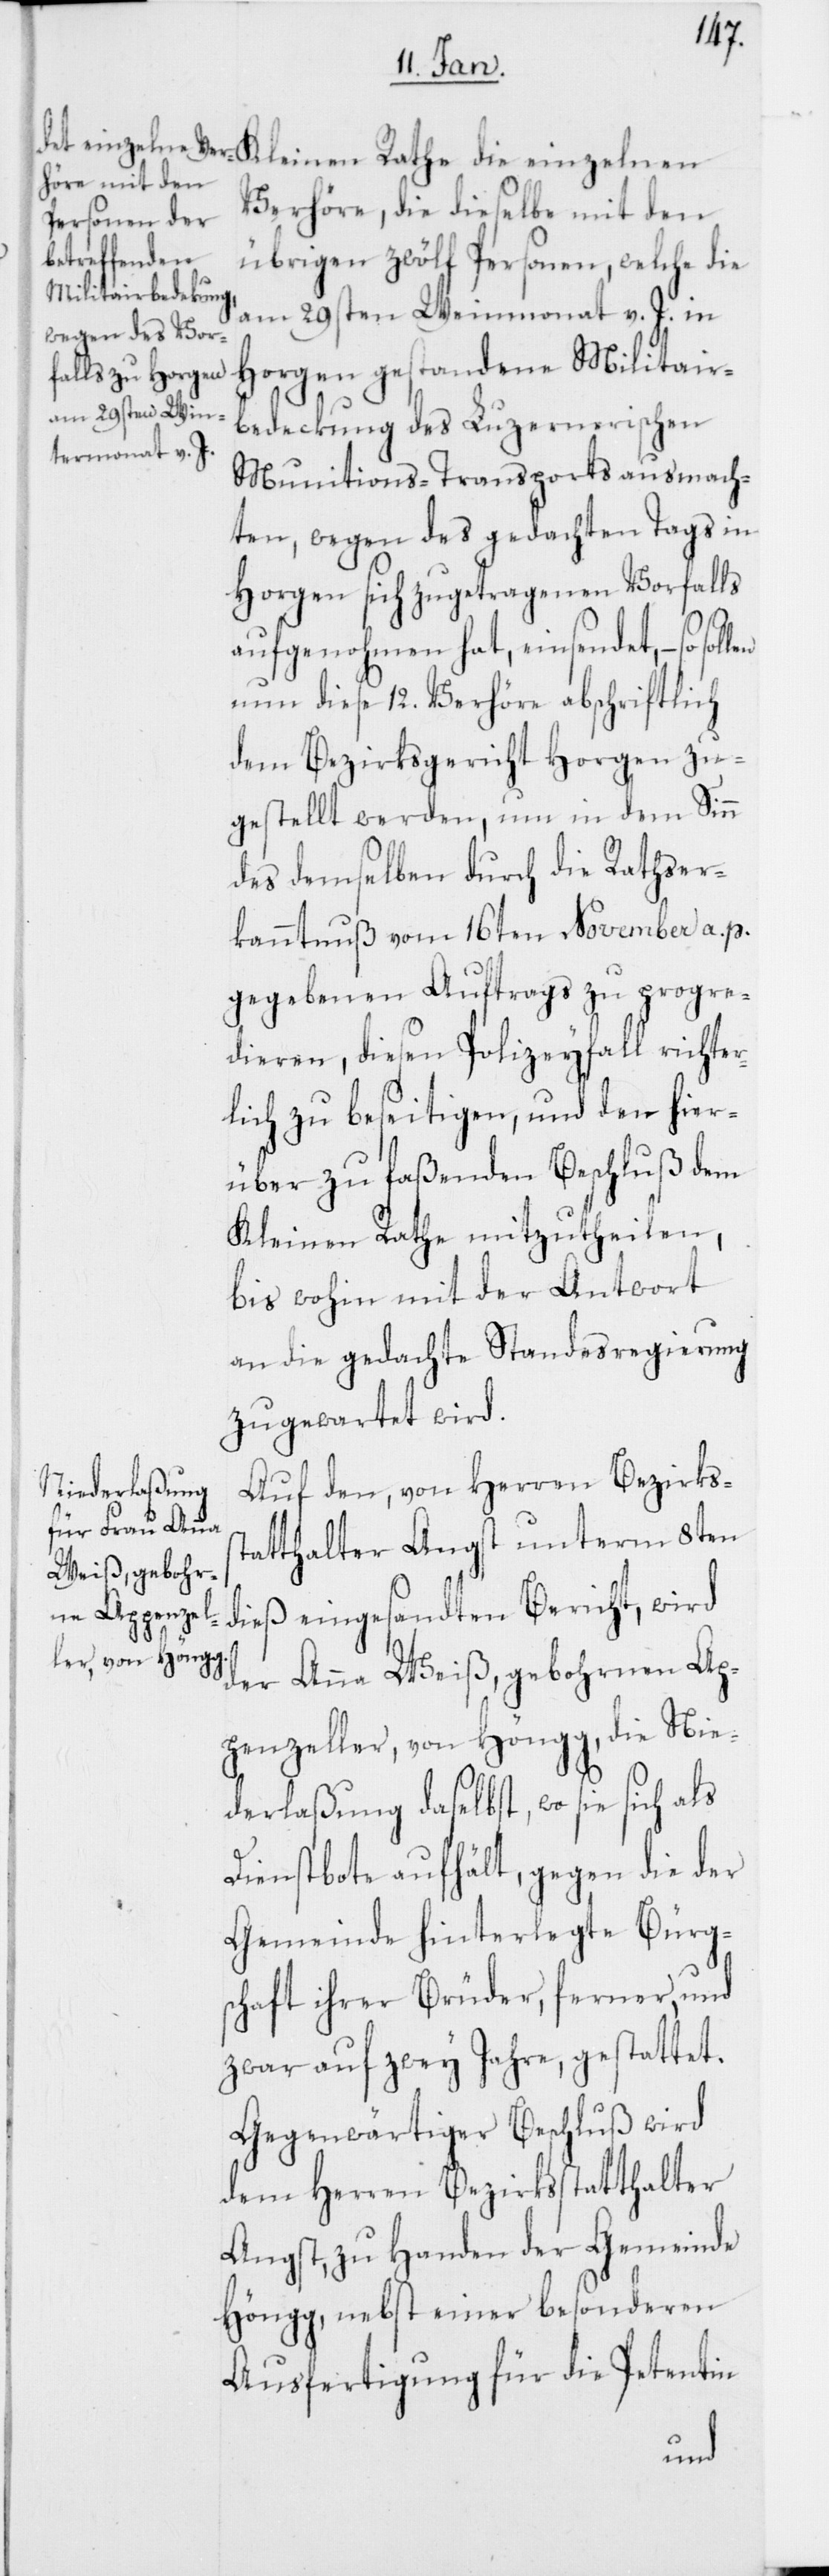
Verhöre, die dieselbe mit den
übrigen zwölf Personen, welche die
am 29sten Weinmonat v. J. in
Horgen gestandene Militair¬
bedeckung des Luzernerischen
Munitions-Transports ausmach¬
ten, wegen des gedachten Tags in
Horgen sich zugetragenen Vorfalls
aufgenohmen hat, einsendet, – so
nun diese 12. Verhöre abschriftlich
dem Bezirksgericht Horgen zu¬
gestellt werden, um in dem Sinn
des demselben durch die Rathser¬
kanntnuß vom 16ten November a. p.
gegebenen Auftrags zu progre¬
dieren, diesen Polizeyfall richter¬
lich zu beseitigen, und den hier¬
über zu faßenden Beschluß dem
Kleinen Rathe mitzutheilen,
bis wohin mit der Antwort
an die gedachte Standesregierung
zugewartet wird.
Auf den, von Herren Bezirkss¬
tatthalter Angst unterm 8ten
dieß eingesandten Bericht, wird
der Anna Weiß, gebohrnen Ap¬
penzeller, von Höngg, die Nie¬
derlaßung daselbst, wo sie sich als
Dienstbote aufhält, gegen die der
Gemeinde hinterlegte Bürg¬
schaft ihrer Brüder, ferner, und
zwar auf zwey Jahre, gestattet.
Gegenwärtiger Beschluß wird
dem Herren Bezirksstatthalter
Angst, zu Handen der Gemeinde
Höngg, nebst einer besonderen
Ausfertigung für die Petentin